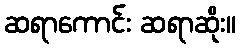
ဆရာကောင်း ဆရာဆိုး။